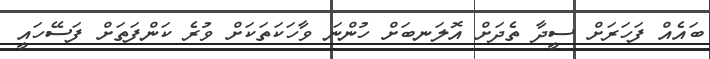
ބައެއް ފަހަރަށް ސީދާ ތެދަށް އޮލަނބަށް ހުންނަ ވާހަކަތަކަށް ވުރެ ކަންފަތަށް ފަސޭހައީ